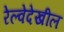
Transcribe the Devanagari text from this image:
रेल्वेदेखील